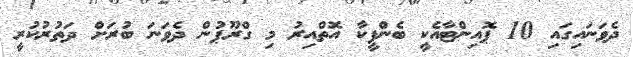
ދެވަނައިގައި 10 ޕޮއިންޓާއެކީ ބެންފީކާ އޮތްއިރު މި ގްރޫޕުން ދެވަނަ ބުރަށް ދަތުރުކުރީ